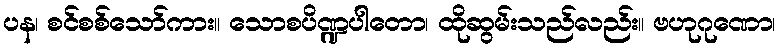
ပန၊ စင်စစ်သော်ကား။ သောစပိဏ္ဍပါတော၊ ထိုဆွမ်းသည်လည်း။ ဗဟုဂုဏော၊